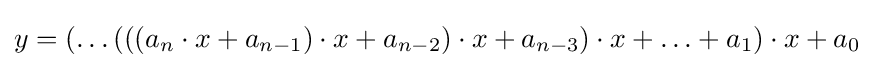
y=(\ldots (((a_{n}\cdot x+a_{n-1})\cdot x+a_{n-2})\cdot x+a_{n-3})\cdot x+\ldots +a_{1})\cdot x+a_{0}